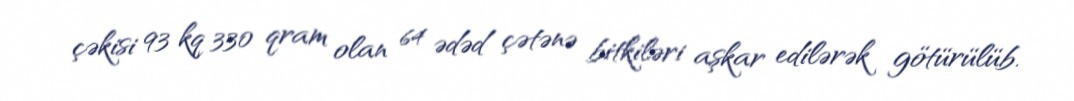
çəkisi 93 kq 330 qram olan 64 ədəd çətənə bitkiləri aşkar edilərək götürülüb.